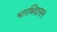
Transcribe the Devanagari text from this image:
भारथिदासन